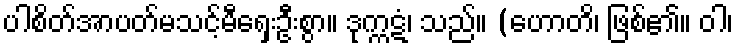
ပါစိတ်အာပတ်မသင့်မီရှေးဦးစွာ။ ဒုက္ကဋံ၊ သည်။ (ဟောတိ၊ ဖြစ်၏။ ဝါ၊